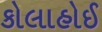
કોલાહોઈ